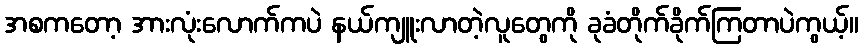
အစကတော့ အားလုံးလောက်ကပဲ နယ်ကျူးလာတဲ့လူတွေကို ခုခံတိုက်ခိုက်ကြတာပဲကွယ့်။